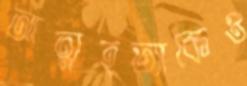
আত্মহত্যাকেও